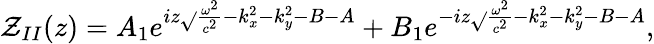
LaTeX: \mathcal{Z}_{II}(z)=A_{1}e^{iz\sqrt{}{{\frac{{\omega^{2}}}{{c^{2}}}-k_{x}^{2}-k_{y}^{2}-B-A}}}+B_{1}e^{-iz\sqrt{}{{\frac{{\omega^{2}}}{{c^{2}}}-k_{x}^{2}-k_{y}^{2}-B-A}}},